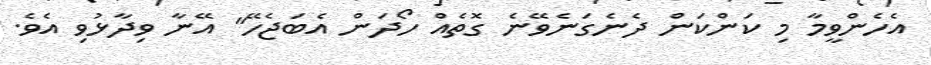
އެހެންވީމާ މި ކަންކަން ދެނެގަނެވޭނެ ގޮތެއް ހޯދަން އެބަޖެހޭ" އޭނާ ވިދާޅުވި އެވެ.